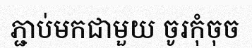
ភ្ជាប់មកជាមួយ ចូរកុំចុច